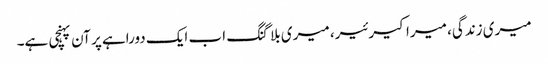
میری زندگی، میرا کیرئیر، میری بلاگنگ اب ایک دوراہے پر آن پہنچی ہے۔